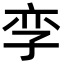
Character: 孪